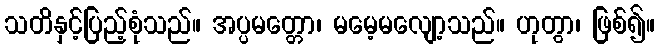
သတိနှင့်ပြည့်စုံသည်။ အပ္ပမတ္တော၊ မမေ့မလျော့သည်။ ဟုတွာ၊ ဖြစ်၍။